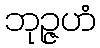
ဘုဉ္ဇဟံ